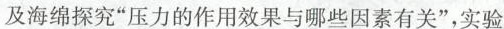
及海绵探究“压力的作用效果与哪些因素有关”，实验